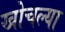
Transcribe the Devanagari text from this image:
खोचल्या